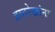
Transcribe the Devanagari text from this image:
हस्तरेखांना